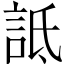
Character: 詆